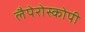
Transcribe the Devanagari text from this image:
लैपेरोस्कोपी